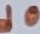
Text: d0